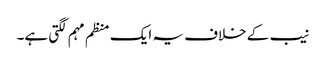
نیب کے خلاف یہ ایک منظم مہم لگتی ہے۔